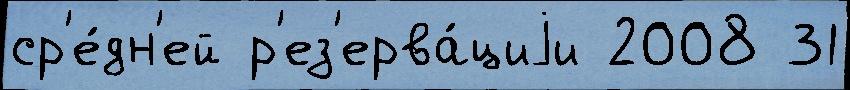
ср'е́дн'ей р'ез'ерва́циjи 2008 31